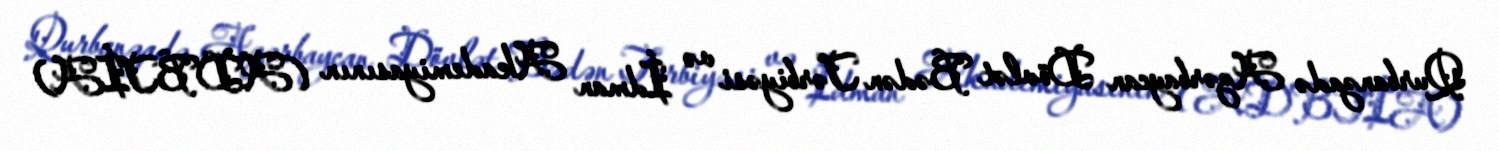
Qurbanzadə Azərbaycan Dövlət Bədən Tərbiyəsi və İdman Akademiyasının (ADBTİA)